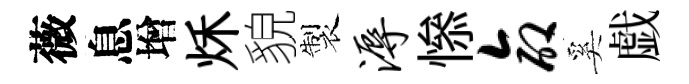
薇息增秌貌製溽𢡖命奚戯